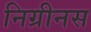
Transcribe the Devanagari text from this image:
निग्रीनस